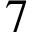
7